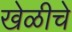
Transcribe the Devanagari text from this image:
खेळीचे